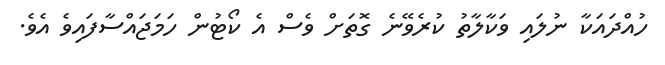
ހުއްދައަކާ ނުލައި ވަކާލާތު ކުރެވޭނެ ގޮތަށް ވެސް އެ ކޯޓުން ހަމަޖައްސާފައިވެ އެވެ.